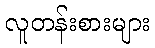
လူတန်းစားများ